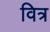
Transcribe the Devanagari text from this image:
वित्र